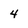
Character: 4